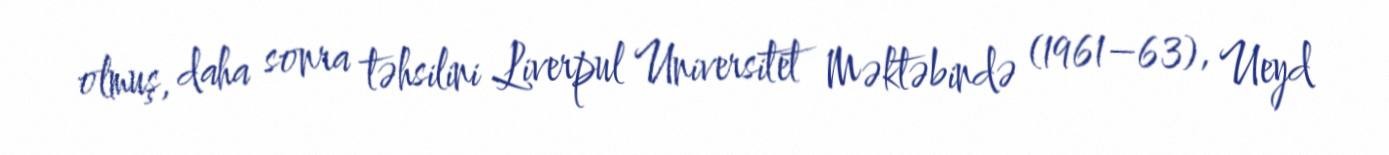
olmuş, daha sonra təhsilini Liverpul Universitet Məktəbində (1961–63), Ueyd